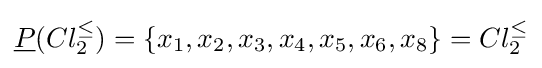
{\underline {P}}(Cl_{2}^{\leq })=\{x_{1},x_{2},x_{3},x_{4},x_{5},x_{6},x_{8}\}=Cl_{2}^{\leq }